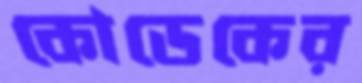
কোডেকের